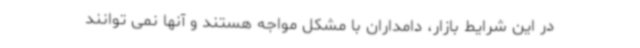
در این شرایط بازار، دامداران با مشکل مواجه هستند و آنها نمی توانند